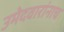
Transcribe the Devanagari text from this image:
उमेदवारांनाच